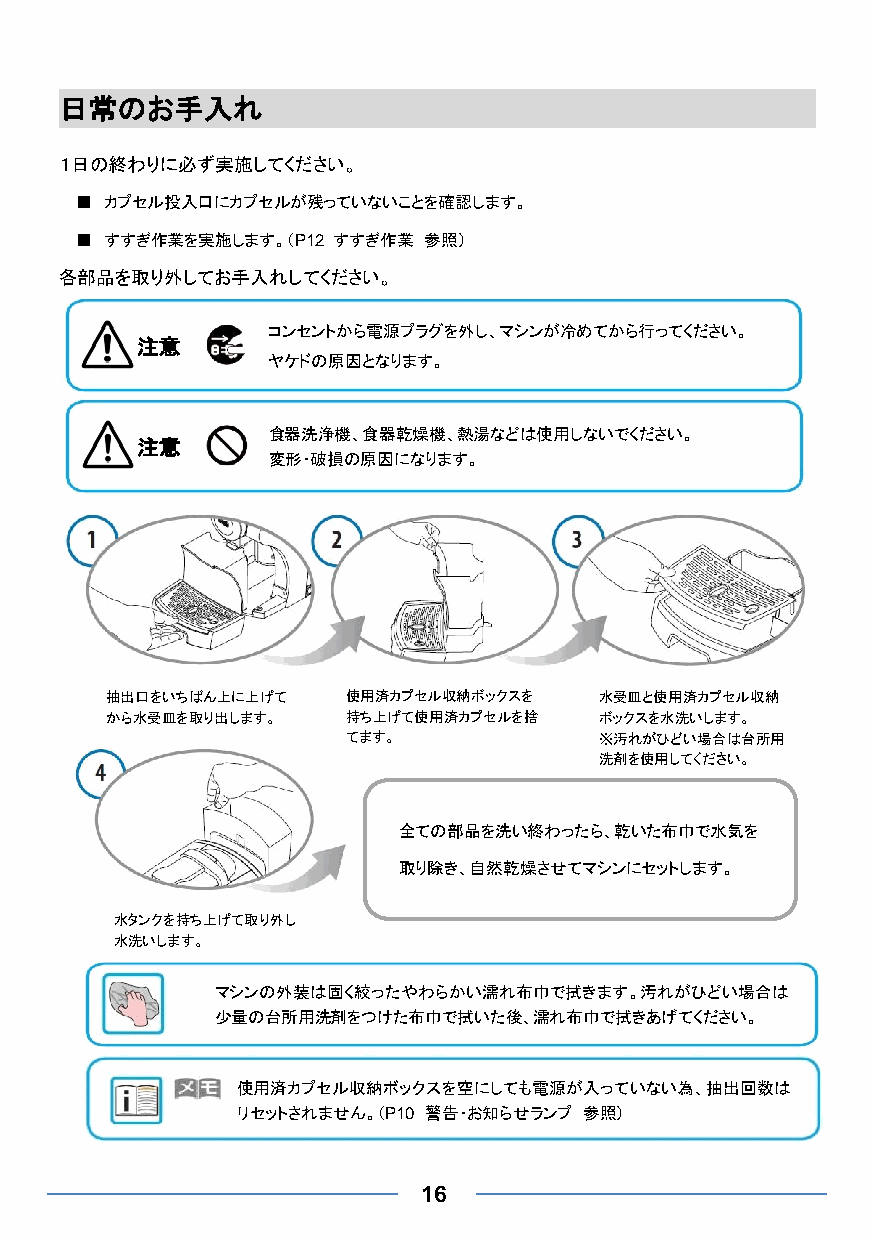
日常のお手入れ
 １日の終わりに必ず実施してください。
 ■ カプセル投入口にカプセルが残っていないことを確認します。
 ■ すすぎ作業を実施します。（P12 すすぎ作業 参照）
 各部品を取り外してお手入れしてください。
 コンセントから電源プラグを外し、マシンが冷めてから行ってください。
 注意
 ヤケドの原因となります。
 食器洗浄機、食器乾燥機、熱湯などは使用しないでください。
 注意
 変形・破損の原因になります。
 抽出口をいちばん上に上げて   使用済カプセル収納ボックスを   水受皿と使用済カプセル収納
 から水受皿を取り出します。   持ち上げて使用済カプセルを捨   ボックスを水洗いします。
 てます。             ※汚れがひどい場合は台所用
 洗剤を使用してください。
 全ての部品を洗い終わったら、乾いた布巾で水気を
 取り除き、自然乾燥させてマシンにセットします。
 水タンクを持ち上げて取り外し
 水洗いします。
 マシンの外装は固く絞ったやわらかい濡れ布巾で拭きます。汚れがひどい場合は
 少量の台所用洗剤をつけた布巾で拭いた後、濡れ布巾で拭きあげてください。
 使用済カプセル収納ボックスを空にしても電源が入っていない為、抽出回数は
 リセットされません。（P10 警告・お知らせランプ 参照）
 16